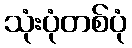
သုံးပုံတစ်ပုံ